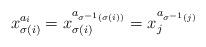
LaTeX: \begin{align*}x_{\sigma(i)}^{a_i} = x_{\sigma(i)}^{a_{ \sigma^{-1}(\sigma(i))}}= x_j^{ a_{ \sigma^{-1}(j) }} \end{align*}